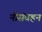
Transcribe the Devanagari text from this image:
नौसंवहन